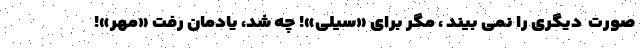
صورت ِ دیگری را نمی بیند ، مگر برای «سیلی»! چه شُد، یادمان رفت «مهر»!